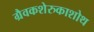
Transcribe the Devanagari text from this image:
ग्रैवकशेरुकाशोथ